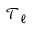
\mathcal { T } _ { \ell }